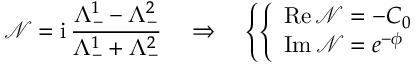
\mathcal { N } = \mathrm { i } \, \frac { \Lambda _ { - } ^ { 1 } - \Lambda _ { - } ^ { 2 } } { \Lambda _ { - } ^ { 1 } + \Lambda _ { - } ^ { 2 } } \quad \Rightarrow \quad \left\{ \left\{ \begin{array} { l l } { { \mathrm { R e } \, \mathcal { N } = - C _ { 0 } } } \\ { { \mathrm { I m } \, \mathcal { N } = e ^ { - \phi } } } \end{array} \right. \right.